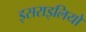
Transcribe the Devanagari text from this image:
इसराइलियों